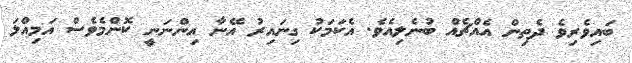
ބައިވެރިވެ ދެތިން އެއްޗެއް ބުނެލިއެވެ. އެކަމަކު ގިނައިރު އޭނާ އިންނަނީ ކޮންމެވެސް އަމިއްލަ